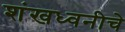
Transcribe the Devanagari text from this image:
शंखध्वनीचे